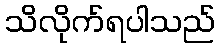
သိလိုက်ရပါသည်